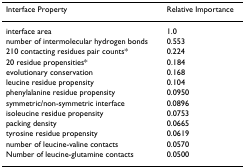
| Interface Property | Relative Importance |
 | --- | --- |
 | interface area | 1.0 |
 | number of intermolecular hydrogen bonds | 0.553 |
 | 210 contacting residues pair counts* | 0.224 |
 | 20 residue propensities* | 0.184 |
 | evolutionary conservation | 0.168 |
 | leucine residue propensity | 0.104 |
 | phenylalanine residue propensity | 0.0950 |
 | symmetric/non-symmetric interface | 0.0896 |
 | isoleucine residue propensity | 0.0753 |
 | packing density | 0.0665 |
 | tyrosine residue propensity | 0.0619 |
 | number of leucine-valine contacts | 0.0570 |
 | Number of leucine-glutamine contacts | 0.0500 |